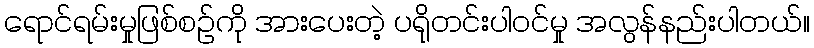
ရောင်ရမ်းမှုဖြစ်စဉ်ကို အားပေးတဲ့ ပရိုတင်းပါဝင်မှု အလွန်နည်းပါတယ်။